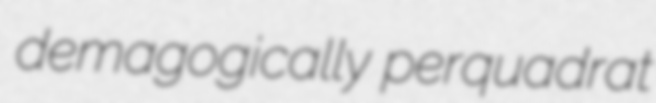
demagogically perquadrat